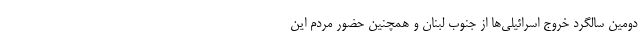
دومین سالگرد خروج اسرائيلی‌ها از جنوب لبنان و همچنین حضور مردم این